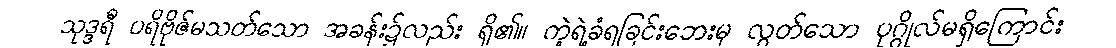
သုဒ္ဒရီ ပရိဗိုဇ်မသတ်သော အခန်း၌လည်း ရှိ၏။ ကဲ့ရဲ့ခံရခြင်းဘေးမှ လွတ်သော ပုဂ္ဂိုလ်မရှိကြောင်း